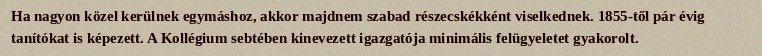
Ha nagyon közel kerülnek egymáshoz, akkor majdnem szabad részecskékként viselkednek. 1855-től pár évig tanítókat is képezett. A Kollégium sebtében kinevezett igazgatója minimális felügyeletet gyakorolt.